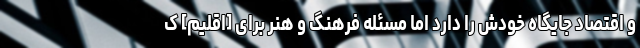
و اقتصاد جایگاه خودش را دارد اما مسئله فرهنگ و هنر برای [اقلیم] ک